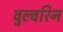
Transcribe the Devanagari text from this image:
वुल्वरिन